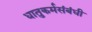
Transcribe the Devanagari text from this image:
धातुकर्मसंबंधी